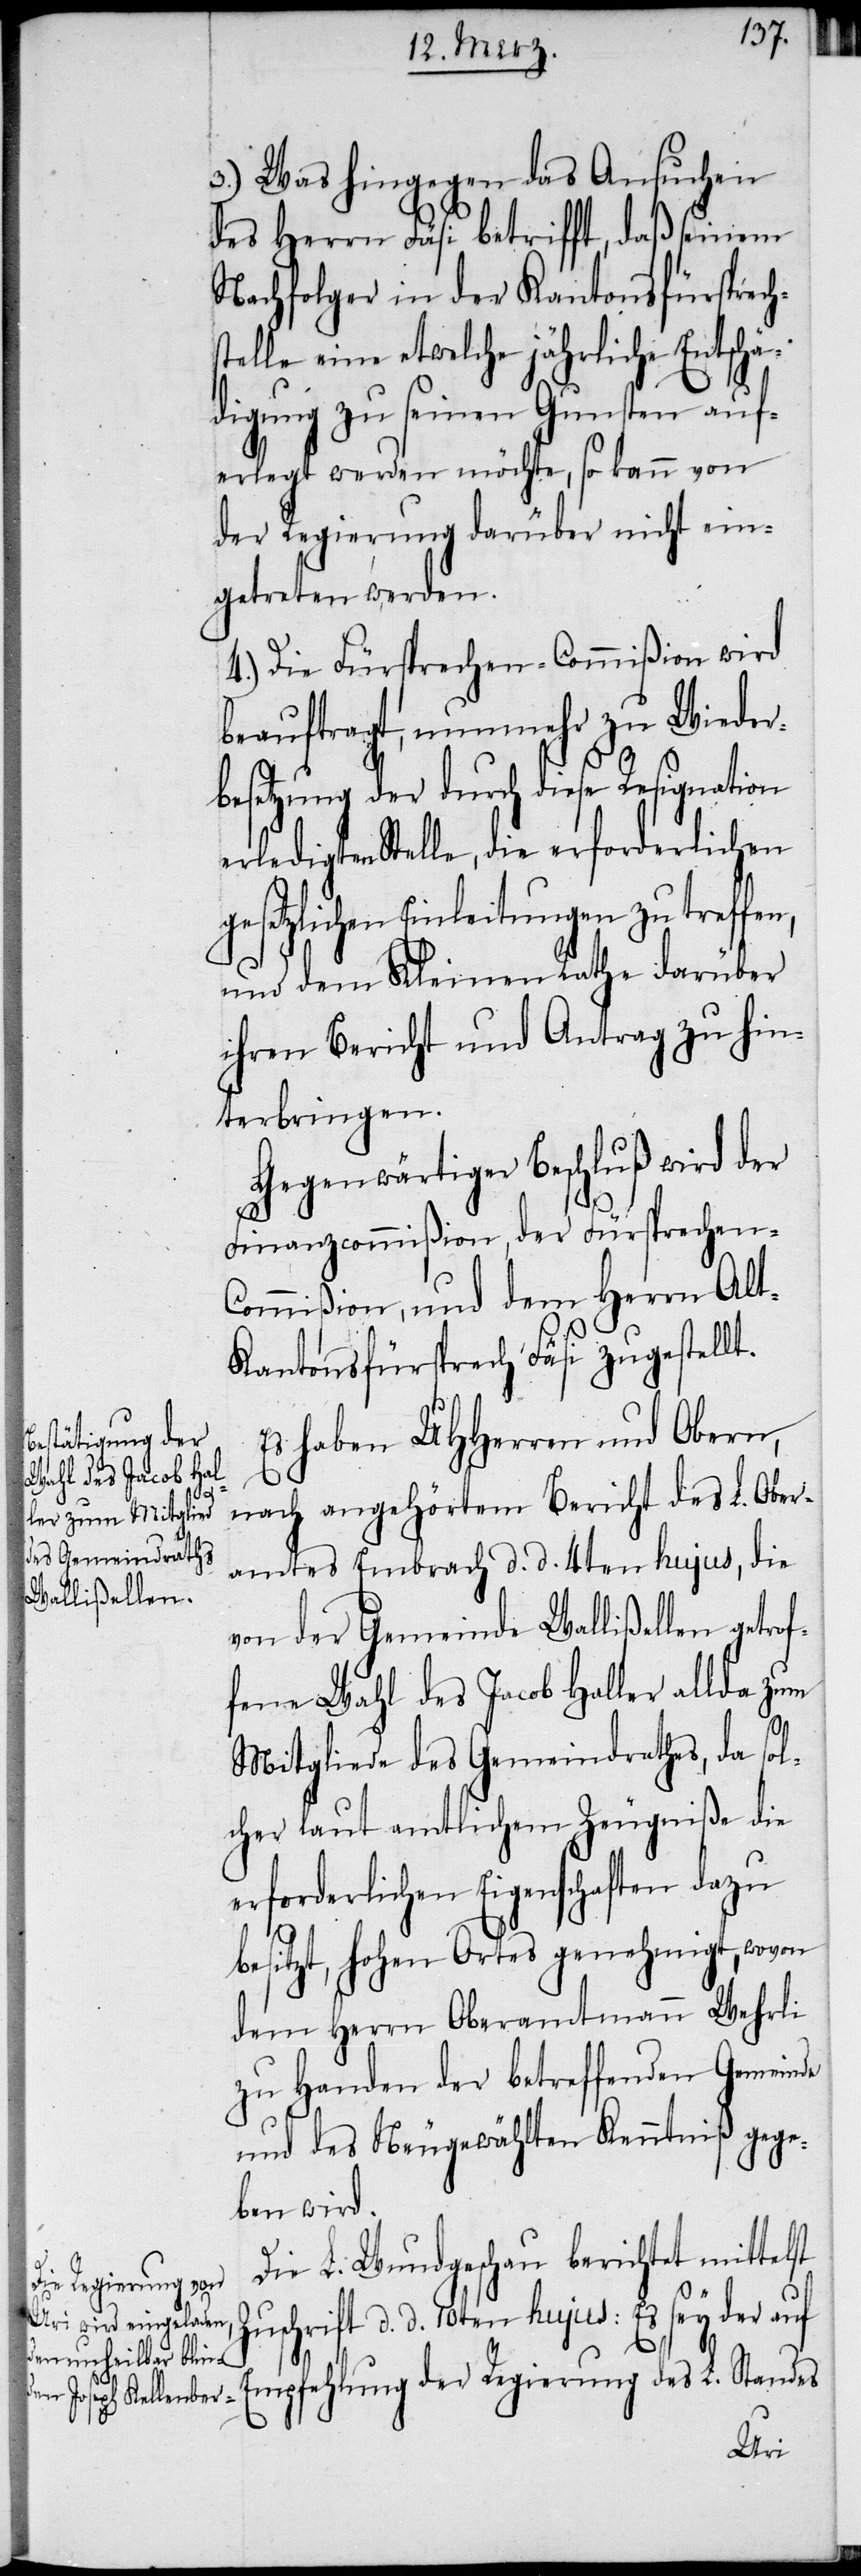
3.) Was hingegen das Ansuchen
des Herrn Fäsi betrifft, daß seinem
Nachfolger in der Kantonsfürsprech¬
stelle eine etwelche jährliche Entschä¬
digung zu seinen Gunsten auf¬
erlegt werden möchte, so kann von
der Regierung darüber nicht ein¬
getreten werden.
4.) Die Fürsprechen-Commißion wird
beauftragt, nunmehr zu Wieder¬
besetzung der durch diese Resignation
erledigten Stelle, die erforderlichen
esetzlichen Einleitungen zu treffen,
und dem Kleinen Rathe darüber
ihren Bericht und Antrag zu hin¬
terbringen.
Gegenwärtiger Beschluß wird der
Finanzcommißion, der Fürsprechen-C¬
ommißion, und dem Herrn Alt-K¬
antonsfürsprech Fäsi zugestellt.
Es haben UHHerren und Obern,
nach angehörtem Bericht des L. Ober¬
amtes Embrach d. d. 4ten hujus, die
von der Gemeinde Wallißellen getrof¬
fene Wahl des Jacob Haller allda zum
us¬
Mitgliede des Gemeindrathes, da sol¬
cher laut amtlichem Zeugniße die
erforderlichen Eigenschaften dazu
besitzt, hohen Ortes genehmigt, wovon
dem Herrn Oberamtmann Wehrli
zu Handen der betreffenden Gemeinde
und des Neugewählten Kenntniß gege¬
ben wird.
Die L. Wundgeschau berichtet mittelst
chrift d. d. 10ten hujus: Es sey der auf
Empfehlung der Regierung des L. Standes